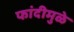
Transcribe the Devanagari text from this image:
फांदीमुळे